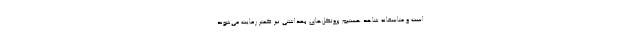
است و متاسفانه شاهد هستیم پروتکل‌های بهداشتی نیز کمتر رعایت می‌شوند.